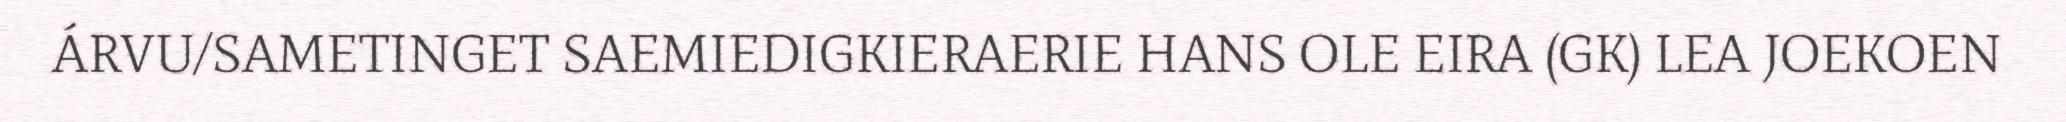
ÁRVU/SAMETINGET SAEMIEDIGKIERAERIE HANS OLE EIRA (GK) LEA JOEKOEN